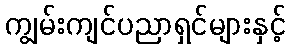
ကျွမ်းကျင်ပညာရှင်များနှင့်